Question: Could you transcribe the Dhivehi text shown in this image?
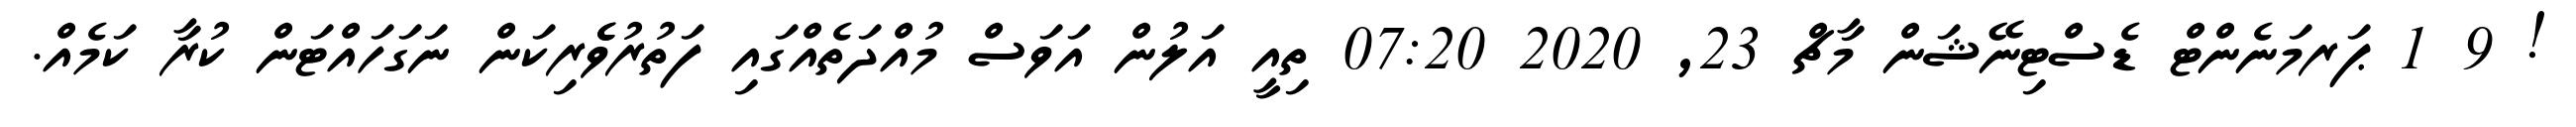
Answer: ! 9 1 ޕަރމަނެންޓް ޑެސްޓިނޭޝަން މާޗް 23, 2020 07:20 ތިއީ އަލުން އަވަސް މުއްދަތެއްގައި ފަތުރުވެެރިކަން ނަގަހައްޓަން ކުރާ ކަމެއް.